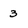
Character: 3